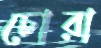
চোরা